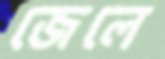
জেলে